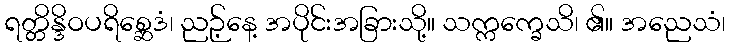
ရတ္တိန္ဒိဝပရိစ္ဆေဒံ၊ ညဉ့်နေ့ အပိုင်းအခြားသို့။ သက္ကက္ခေသိ၊ ၏။ အညေသံ၊